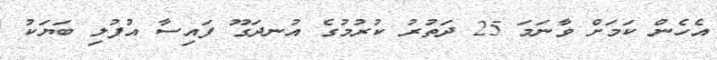
އެހެން ކަމަށް ވާނަމަ 25 ދަތުރު ކުރުމުގެ އުނދަގޫ ފައިސާ އުފުލި ބަޔަކު